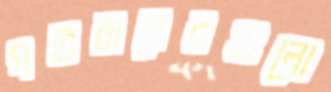
গতবারেরগুলো